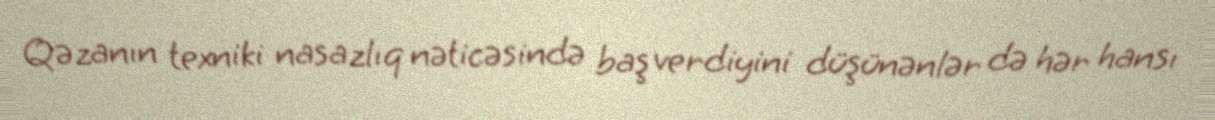
Qəzanın texniki nasazlıq nəticəsində baş verdiyini düşünənlər də hər hansı